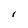
Character: l